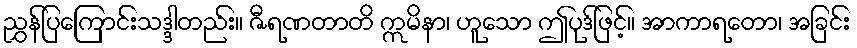
ညွှန်ပြကြောင်းသဒ္ဒါတည်း။ ဇီရဏတာတိ ဣမိနာ၊ ဟူသော ဤပုဒ်ဖြင့်။ အာကာရတော၊ အခြင်း